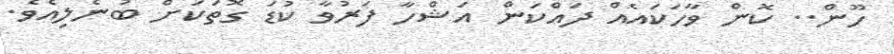
ހޫން.. ކޮން ވާހަކައެއް ދައްކަން އަޝްހާ ފަަރުވާ ކުޑަ ގޮތަކަށް ބުނެލިއެވެ.